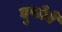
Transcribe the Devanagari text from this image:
दुप्लेने